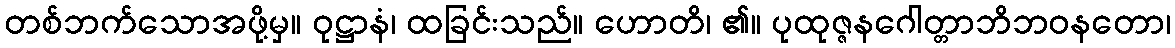
တစ်ဘက်သောအဖို့မှ။ ဝုဋ္ဌာနံ၊ ထခြင်းသည်။ ဟောတိ၊ ၏။ ပုထုဇ္ဇနဂေါတ္တာဘိဘဝနတော၊